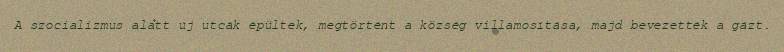
A szocializmus alatt új utcák épültek, megtörtént a község villamosítása, majd bevezették a gázt.